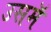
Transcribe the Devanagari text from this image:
उसमॅ